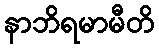
နာဘိရမာမီတိ